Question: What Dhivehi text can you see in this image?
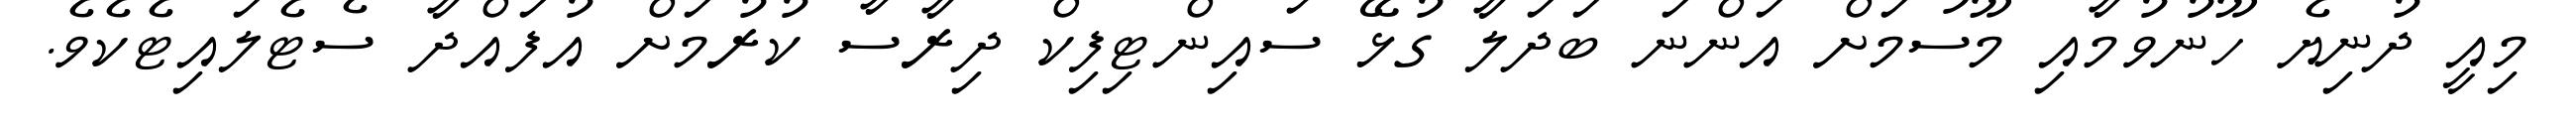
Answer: މިއީ ދުނިޔެ ހޫނުވުމާއި މޫސުމަށް އަންނަ ބަދަލާ ގުޅޭ ސައިންޓިފިކް ދިރާސާ ކުރުމަށް އުފައްދާ ސެޓެލައިޓެކެވެ.